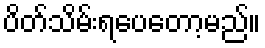
ပိတ်သိမ်းရပေတော့မည်။